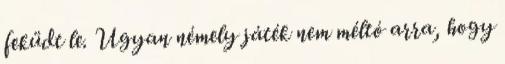
feküdt le. Ugyan némely játék nem méltó arra, hogy